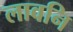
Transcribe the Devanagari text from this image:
लावनि